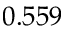
0 . 5 5 9